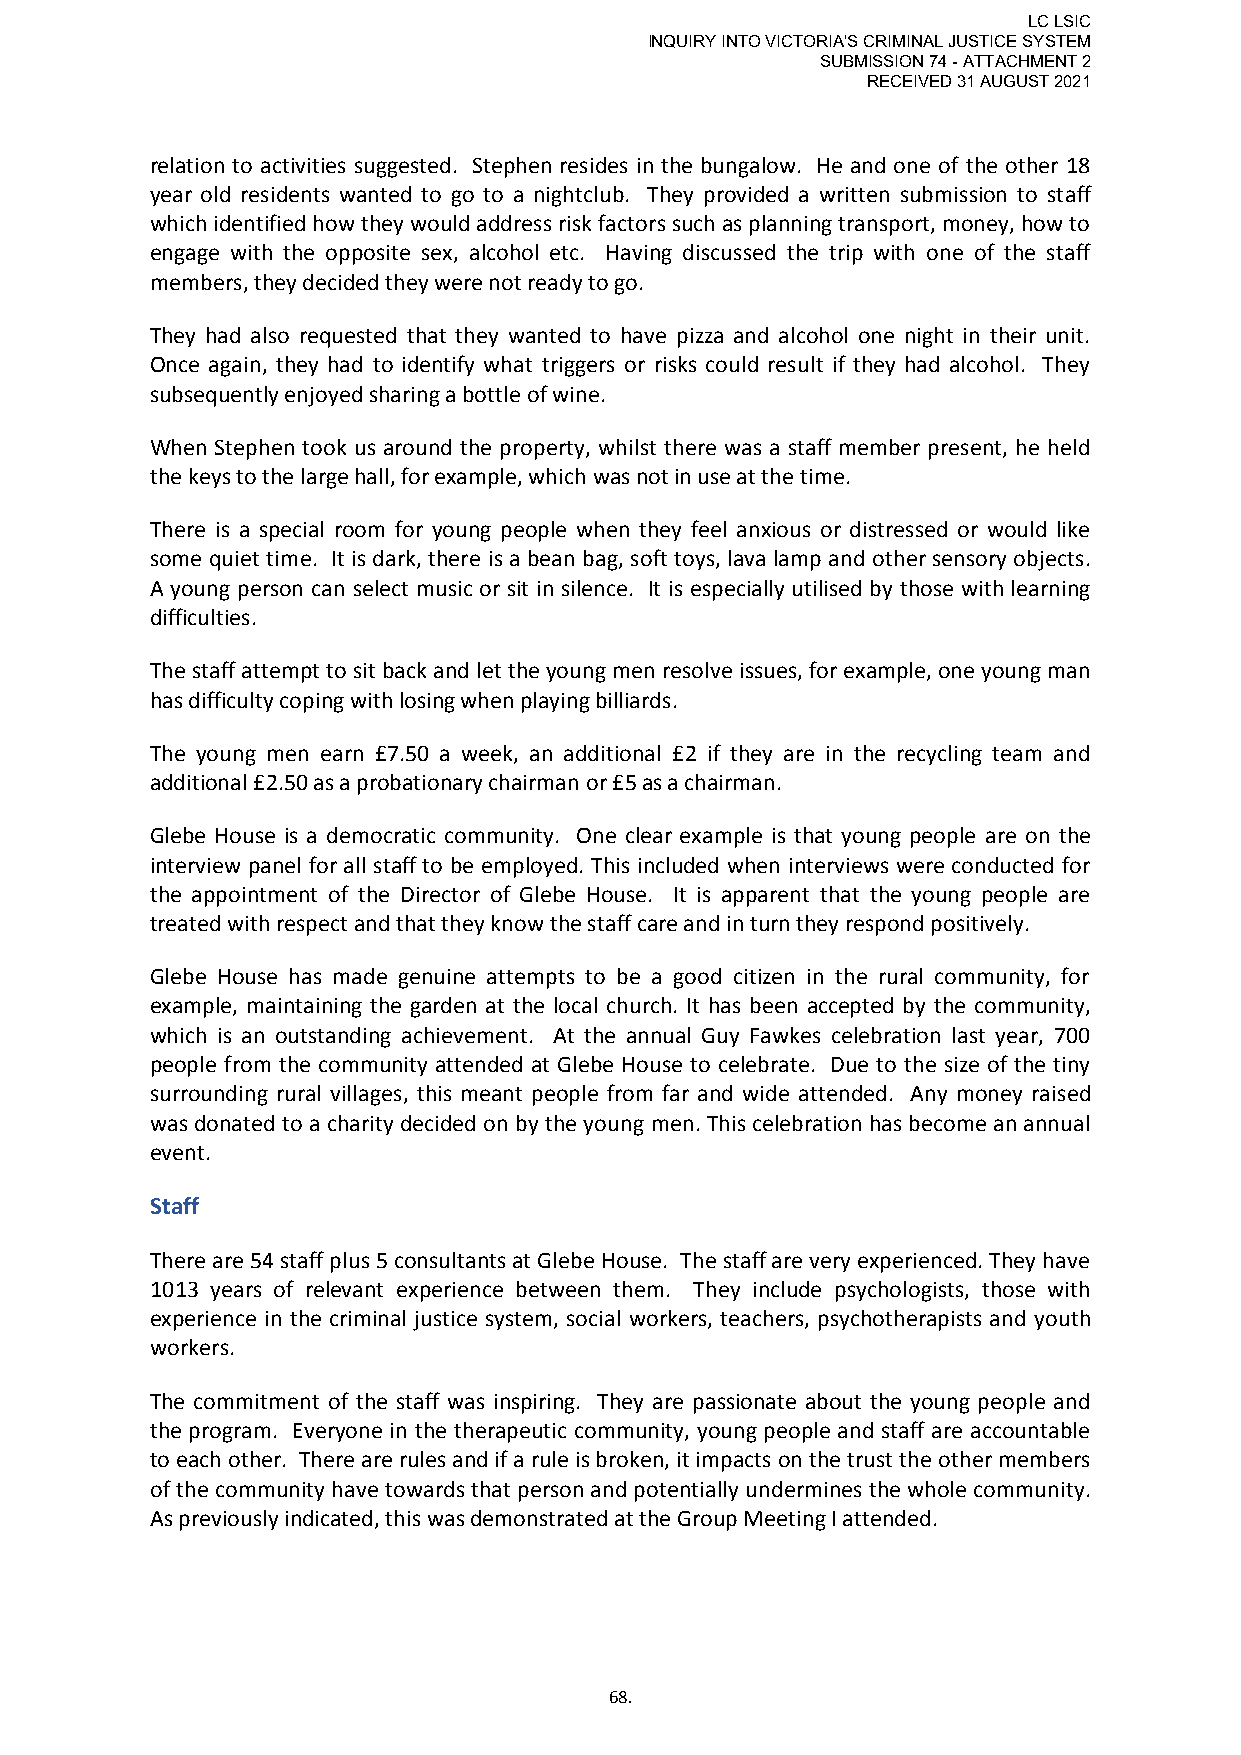
LC LSIC
 INQUIRY INTO VICTORIA'S CRIMINAL JUSTICE SYSTEM
 SUBMISSION 74 - ATTACHMENT 2
 RECEIVED 31 AUGUST 2021
 relation to activities suggested. Stephen resides in the bungalow. He and one of the other 18
 year old residents wanted to go to a nightclub. They provided a written submission to staff
 which identified how they would address risk factors such as planning transport, money, how to
 engage with the opposite sex, alcohol etc. Having discussed the trip with one of the staff
 members, they decided they were not ready to go.
 They had also requested that they wanted to have pizza and alcohol one night in their unit.
 Once again, they had to identify what triggers or risks could result if they had alcohol. They
 subsequently enjoyed sharing a bottle of wine.
 When Stephen took us around the property, whilst there was a staff member present, he held
 the keys to the large hall, for example, which was not in use at the time.
 There is a special room for young people when they feel anxious or distressed or would like
 some quiet time. It is dark, there is a bean bag, soft toys, lava lamp and other sensory objects.
 A young person can select music or sit in silence. It is especially utilised by those with learning
 difficulties.
 The staff attempt to sit back and let the young men resolve issues, for example, one young man
 has difficulty coping with losing when playing billiards.
 The young men earn £7.50 a week, an additional £2 if they are in the recycling team and
 additional £2.50 as a probationary chairman or £5 as a chairman.
 Glebe House is a democratic community. One clear example is that young people are on the
 interview panel for all staff to be employed. This included when interviews were conducted for
 the appointment of the Director of Glebe House. It is apparent that the young people are
 treated with respect and that they know the staff care and in turn they respond positively.
 Glebe House has made genuine attempts to be a good citizen in the rural community, for
 example, maintaining the garden at the local church. It has been accepted by the community,
 which is an outstanding achievement. At the annual Guy Fawkes celebration last year, 700
 people from the community attended at Glebe House to celebrate. Due to the size of the tiny
 surrounding rural villages, this meant people from far and wide attended. Any money raised
 was donated to a charity decided on by the young men. This celebration has become an annual
 event.
 Staff
 There are 54 staff plus 5 consultants at Glebe House. The staff are very experienced. They have
 1013 years of relevant experience between them. They include psychologists, those with
 experience in the criminal justice system, social workers, teachers, psychotherapists and youth
 workers.
 The commitment of the staff was inspiring. They are passionate about the young people and
 the program. Everyone in the therapeutic community, young people and staff are accountable
 to each other. There are rules and if a rule is broken, it impacts on the trust the other members
 of the community have towards that person and potentially undermines the whole community.
 As previously indicated, this was demonstrated at the Group Meeting I attended.
 68.